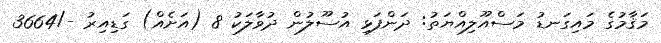
މަޤާމުގެ މައިގަނޑު މަސްއޫލިއްޔަތު: ދަންފަޅި އުސޫލުން ދުވާލަކު 8 (އަށެއް) ގަޑިއިރު -/3664